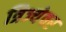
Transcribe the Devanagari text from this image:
त्रिज्येवर